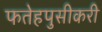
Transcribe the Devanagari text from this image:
फतेहपुसीकरी